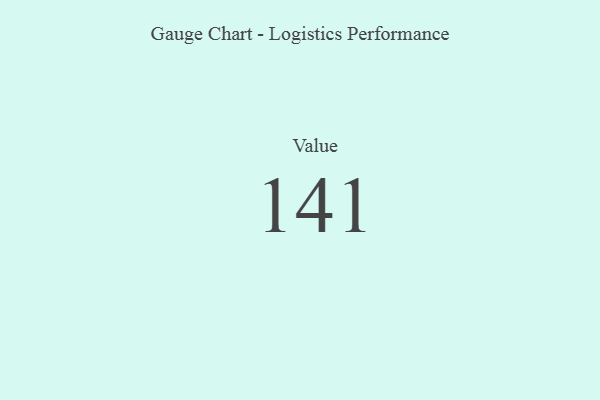
{"axis": {"x": "Metric", "y": "Value"}, "legend": [""], "data": [{"x": "Value", "y": 141, "type": ""}]}